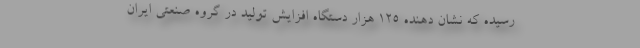
رسیده که نشان دهنده ۱۲۵ هزار دستگاه افزایش تولید در گروه صنعتی ایران